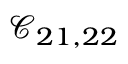
\mathcal { C } _ { 2 1 , 2 2 }